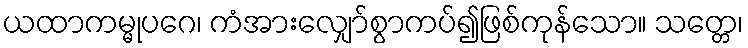
ယထာကမ္မုပဂေ၊ ကံအားလျှော်စွာကပ်၍ဖြစ်ကုန်သော။ သတ္တေ၊